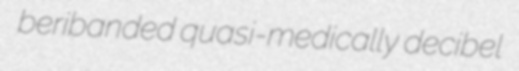
beribanded quasi-medically decibel